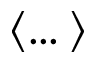
\langle \dots \rangle